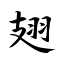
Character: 翅